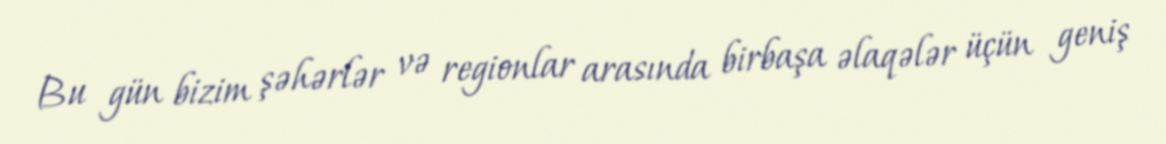
Bu gün bizim şəhərlər və regionlar arasında birbaşa əlaqələr üçün geniş